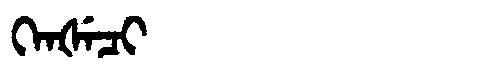
Manchu: ᡴᡝᠨᡧᡝᠴᡳ
Romanization: KENŠECI